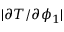
| \partial T / \partial \phi _ { 1 } |